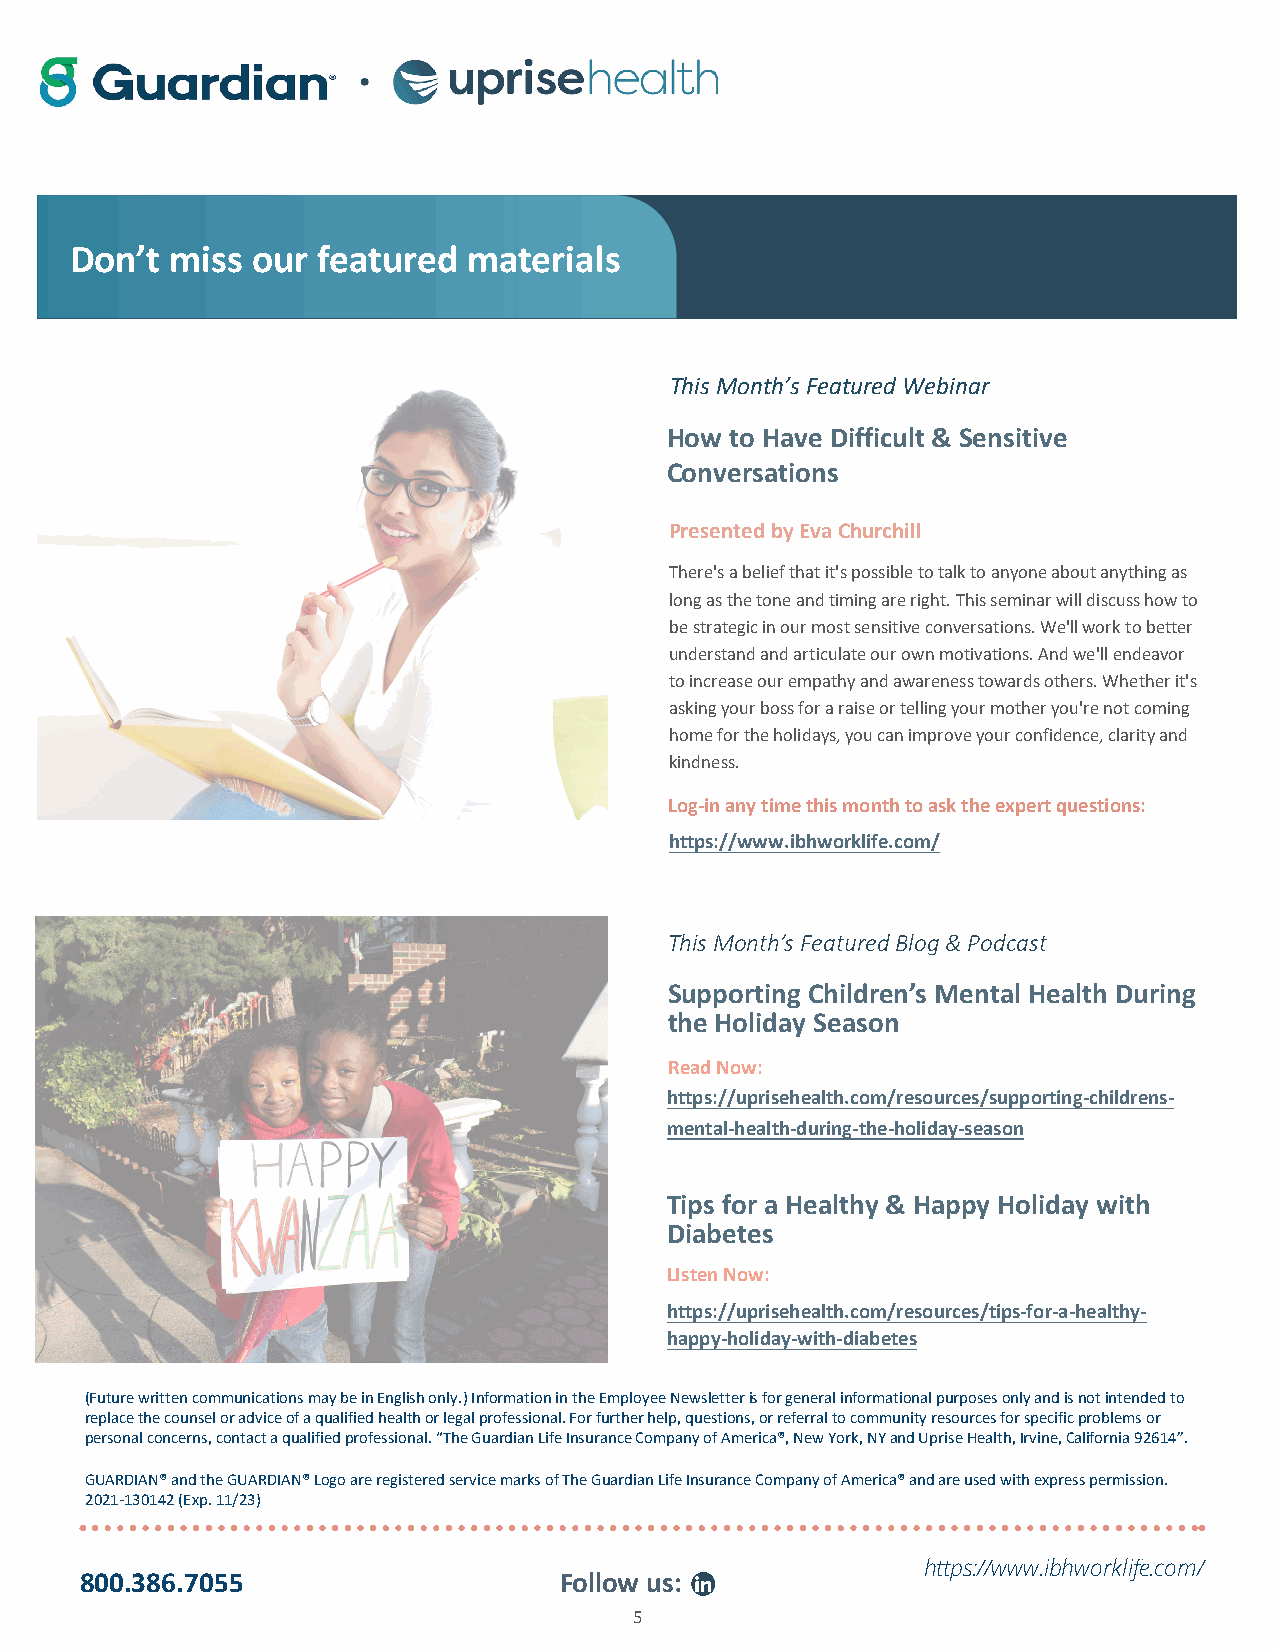
Don’t miss  our featured  materials
 This Month’s Featured Webinar
 How to Have Difficult & Sensitive
 Conversations
 Presented by Eva Churchill
 There's a belief that it's possible to talk to anyone about anything as
 long as the tone and timing are right. This seminar will discuss how to
 be strategic in our most sensitive conversations. We'll work to better
 understand and articulate our own motivations. And we'll endeavor
 to increase our empathy and awareness towards others. Whether it's
 asking your boss for a raise or telling your mother you're not coming
 home for the holidays, you can improve your confidence, clarity and
 kindness.
 Log-in any time this month to ask the expert questions:
 https://www.ibhworklife.com/
 This Month’s Featured Blog & Podcast
 Supporting Children’s Mental Health During
 the Holiday Season
 Read Now:
 https://uprisehealth.com/resources/supporting-childrens-
 mental-health-during-the-holiday-season
 Tips for a Healthy & Happy Holiday with
 Diabetes
 LIsten Now:
 https://uprisehealth.com/resources/tips-for-a-healthy-
 happy-holiday-with-diabetes
 (Future written communications may be in English only.) Information in the Employee Newsletter is for general informational purposes only and is not intended to
 replace the counsel or advice of a qualified health or legal professional. For further help, questions, or referral to community resources for specific problems or
 personal concerns, contact a qualified professional. “The Guardian Life Insurance Company of America®, New York, NY and Uprise Health, Irvine, California 92614”.
 GUARDIAN® and the GUARDIAN® Logo are registered service marks of The Guardian Life Insurance Company of America® and are used with express permission.
 2021-130142 (Exp. 11/23)
 https://www.ibhworklife.com/
 800.386.7055                    Follow us:
 5